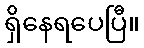
ရှိနေရပေပြီ။